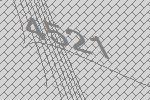
4521